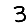
Digit: 3